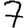
Digit: 7